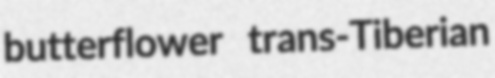
butterflower trans-Tiberian